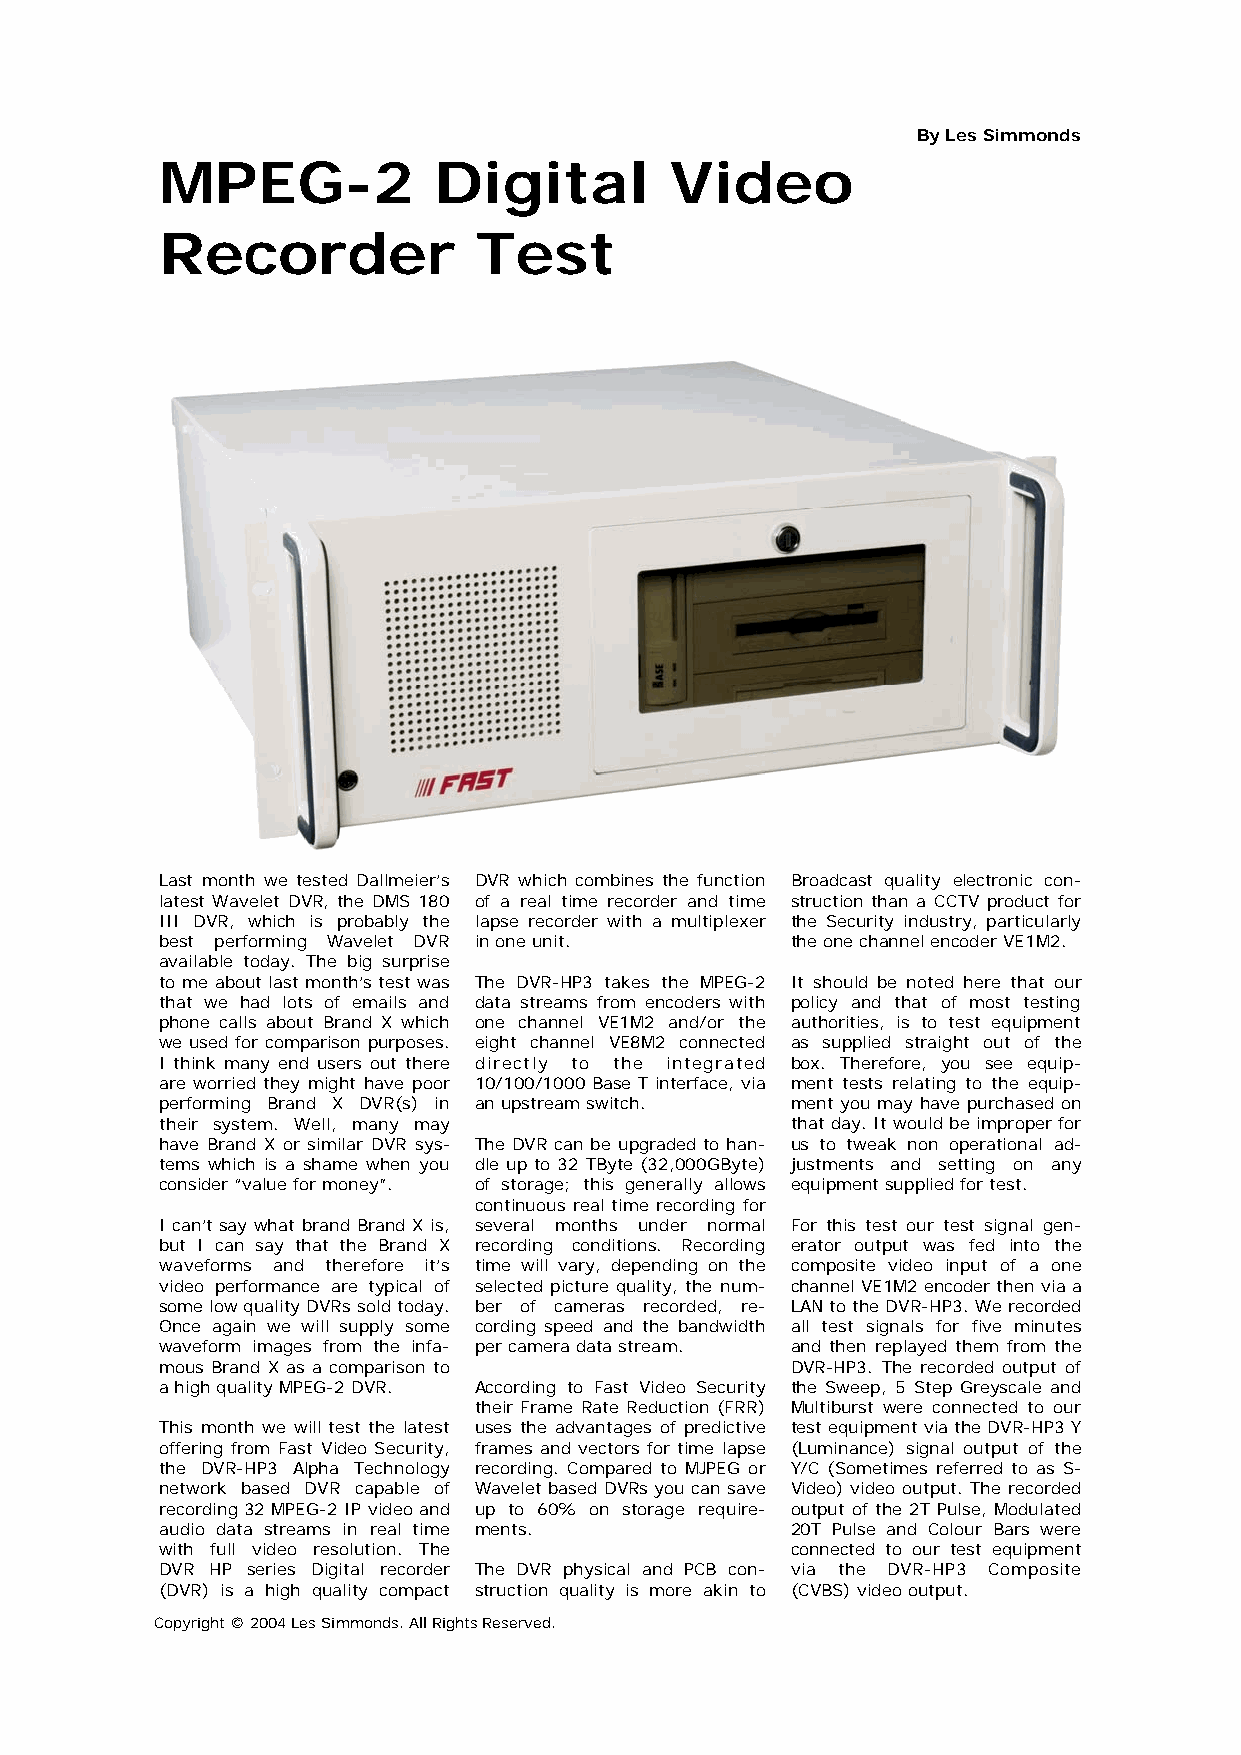
By Les Simmonds
 MPEG-2            Digital        Video
 Recorder            Test
 Last month we tested Dallmeier’s DVR which combines the function Broadcast quality electronic con-
 latest Wavelet DVR, the DMS 180 of a real time recorder and time struction than a CCTV product for
 III DVR, which is probably the lapse recorder with a multiplexer the Security industry, particularly
 best performing Wavelet DVR in one unit. the one channel encoder VE1M2.
 available today. The big surprise
 to me about last month’s test was The DVR-HP3 takes the MPEG-2 It should be noted here that our
 that we had lots of emails and data streams from encoders with policy and that of most testing
 phone calls about Brand X which one channel VE1M2 and/or the authorities, is to test equipment
 we used for comparison purposes. eight channel VE8M2 connected as supplied straight out of the
 I think many end users out there directly to the integrated box. Therefore, you see equip-
 are worried they might have poor 10/100/1000 Base T interface, via ment tests relating to the equip-
 performing Brand X DVR(s) in an upstream switch. ment you may have purchased on
 their system. Well, many may             that day. It would be improper for
 have Brand X or similar DVR sys- The DVR can be upgraded to han- us to tweak non operational ad-
 tems which is a shame when you dle up to 32 TByte (32,000GByte) justments and setting on any
 consider “value for money”. of storage; this generally allows equipment supplied for test.
 continuous real time recording for
 I can’t say what brand Brand X is, several months under normal For this test our test signal gen-
 but I can say that the Brand X recording conditions. Recording erator output was fed into the
 waveforms and therefore it’s time will vary, depending on the composite video input of a one
 video performance are typical of selected picture quality, the num- channel VE1M2 encoder then via a
 some low quality DVRs sold today. ber of cameras recorded, re- LAN to the DVR-HP3. We recorded
 Once again we will supply some cording speed and the bandwidth all test signals for five minutes
 waveform images from the infa- per camera data stream. and then replayed them from the
 mous Brand X as a comparison to          DVR-HP3. The recorded output of
 a high quality MPEG-2 DVR. According to Fast Video Security the Sweep, 5 Step Greyscale and
 their Frame Rate Reduction (FRR) Multiburst were connected to our
 This month we will test the latest uses the advantages of predictive test equipment via the DVR-HP3 Y
 offering from Fast Video Security, frames and vectors for time lapse (Luminance) signal output of the
 the DVR-HP3 Alpha Technology recording. Compared to MJPEG or Y/C (Sometimes referred to as S-
 network based DVR capable of Wavelet based DVRs you can save Video) video output. The recorded
 recording 32 MPEG-2 IP video and up to 60% on storage require- output of the 2T Pulse, Modulated
 audio data streams in real time ments.   20T Pulse and Colour Bars were
 with full video resolution. The          connected to our test equipment
 DVR HP series Digital recorder The DVR physical and PCB con- via the DVR-HP3 Composite
 (DVR) is a high quality compact struction quality is more akin to (CVBS) video output.
 Copyright © 2004 Les Simmonds. All Rights Reserved.